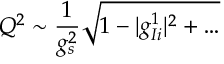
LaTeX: Q ^ { 2 } \sim \frac { 1 } { g _ { s } ^ { 2 } } \sqrt { 1 - | g _ { I i } ^ { 1 } | ^ { 2 } + \dots }